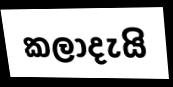
කලාදැයි